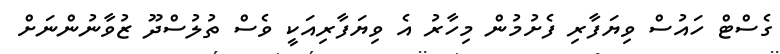
ގެސްޓް ހައުސް ވިޔަފާރި ފެށުމުން މިހާރު އެ ވިޔަފާރިއަކީ ވެސް ތުލުސްދޫ ޒުވާނުންނަށް